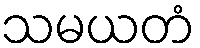
သမယတံ